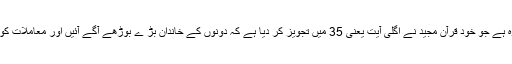
ہمارے نزدیک اس کا بہتر حل وہ ہے جو خود قرآن مجید نے اگلی آیت یعنی 35 میں تجویز کر دیا ہے کہ دونوں کے خاندان بڑ ے بوڑھے آگے آئیں اور معاملات کو درست کرنے کی کوشش کریں۔